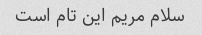
سلام مریم این تام است